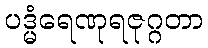
ပဒ္မံရေဏုရဇုဂ္ဂတာ